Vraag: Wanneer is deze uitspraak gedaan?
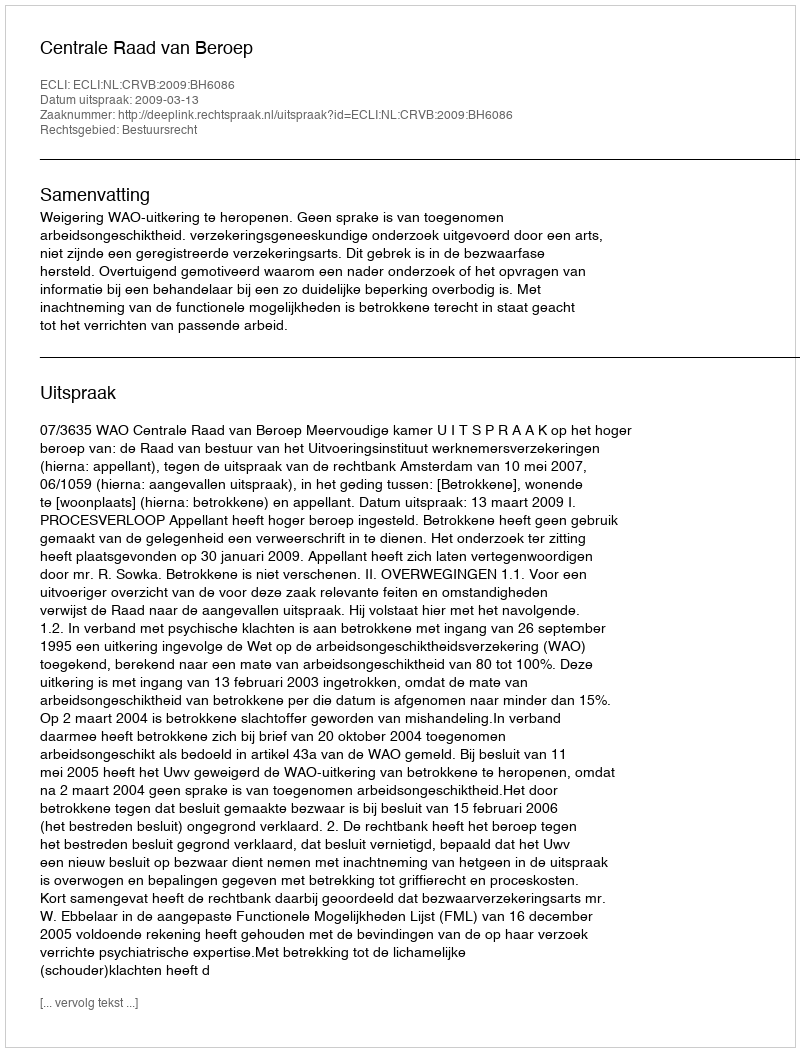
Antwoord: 2009-03-13